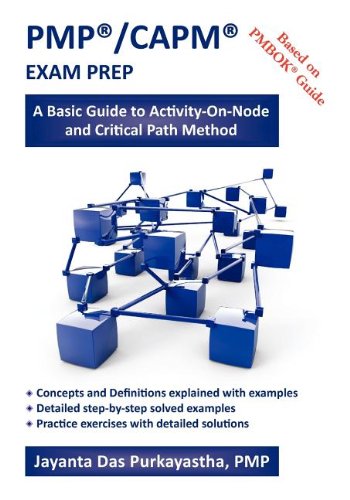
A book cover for PMPÂ®/CAPMÂ® EXAM PREP: A Basic Guide to Activity-On-Node and Critical Path Method; Jayanta K. Das Purkayastha; Test Preparation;